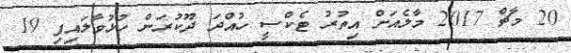
20 މާޗް 2017 މާލެއަށް އިތުރު ޓެކްސީ ހުއްދަ ދޫކުރަން ހުޅުވާލައިފި 19